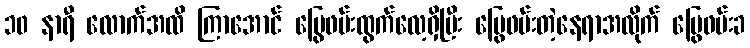
၁၀ နာရီ လောက်အထိ ကြာအောင် မြွေဖမ်းထွက်လေ့ရှိပြီး မြွေဖမ်းတဲ့နေရာအလိုက် မြွေဖမ်းခ